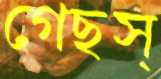
গেছস্